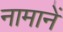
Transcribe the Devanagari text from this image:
नामानें